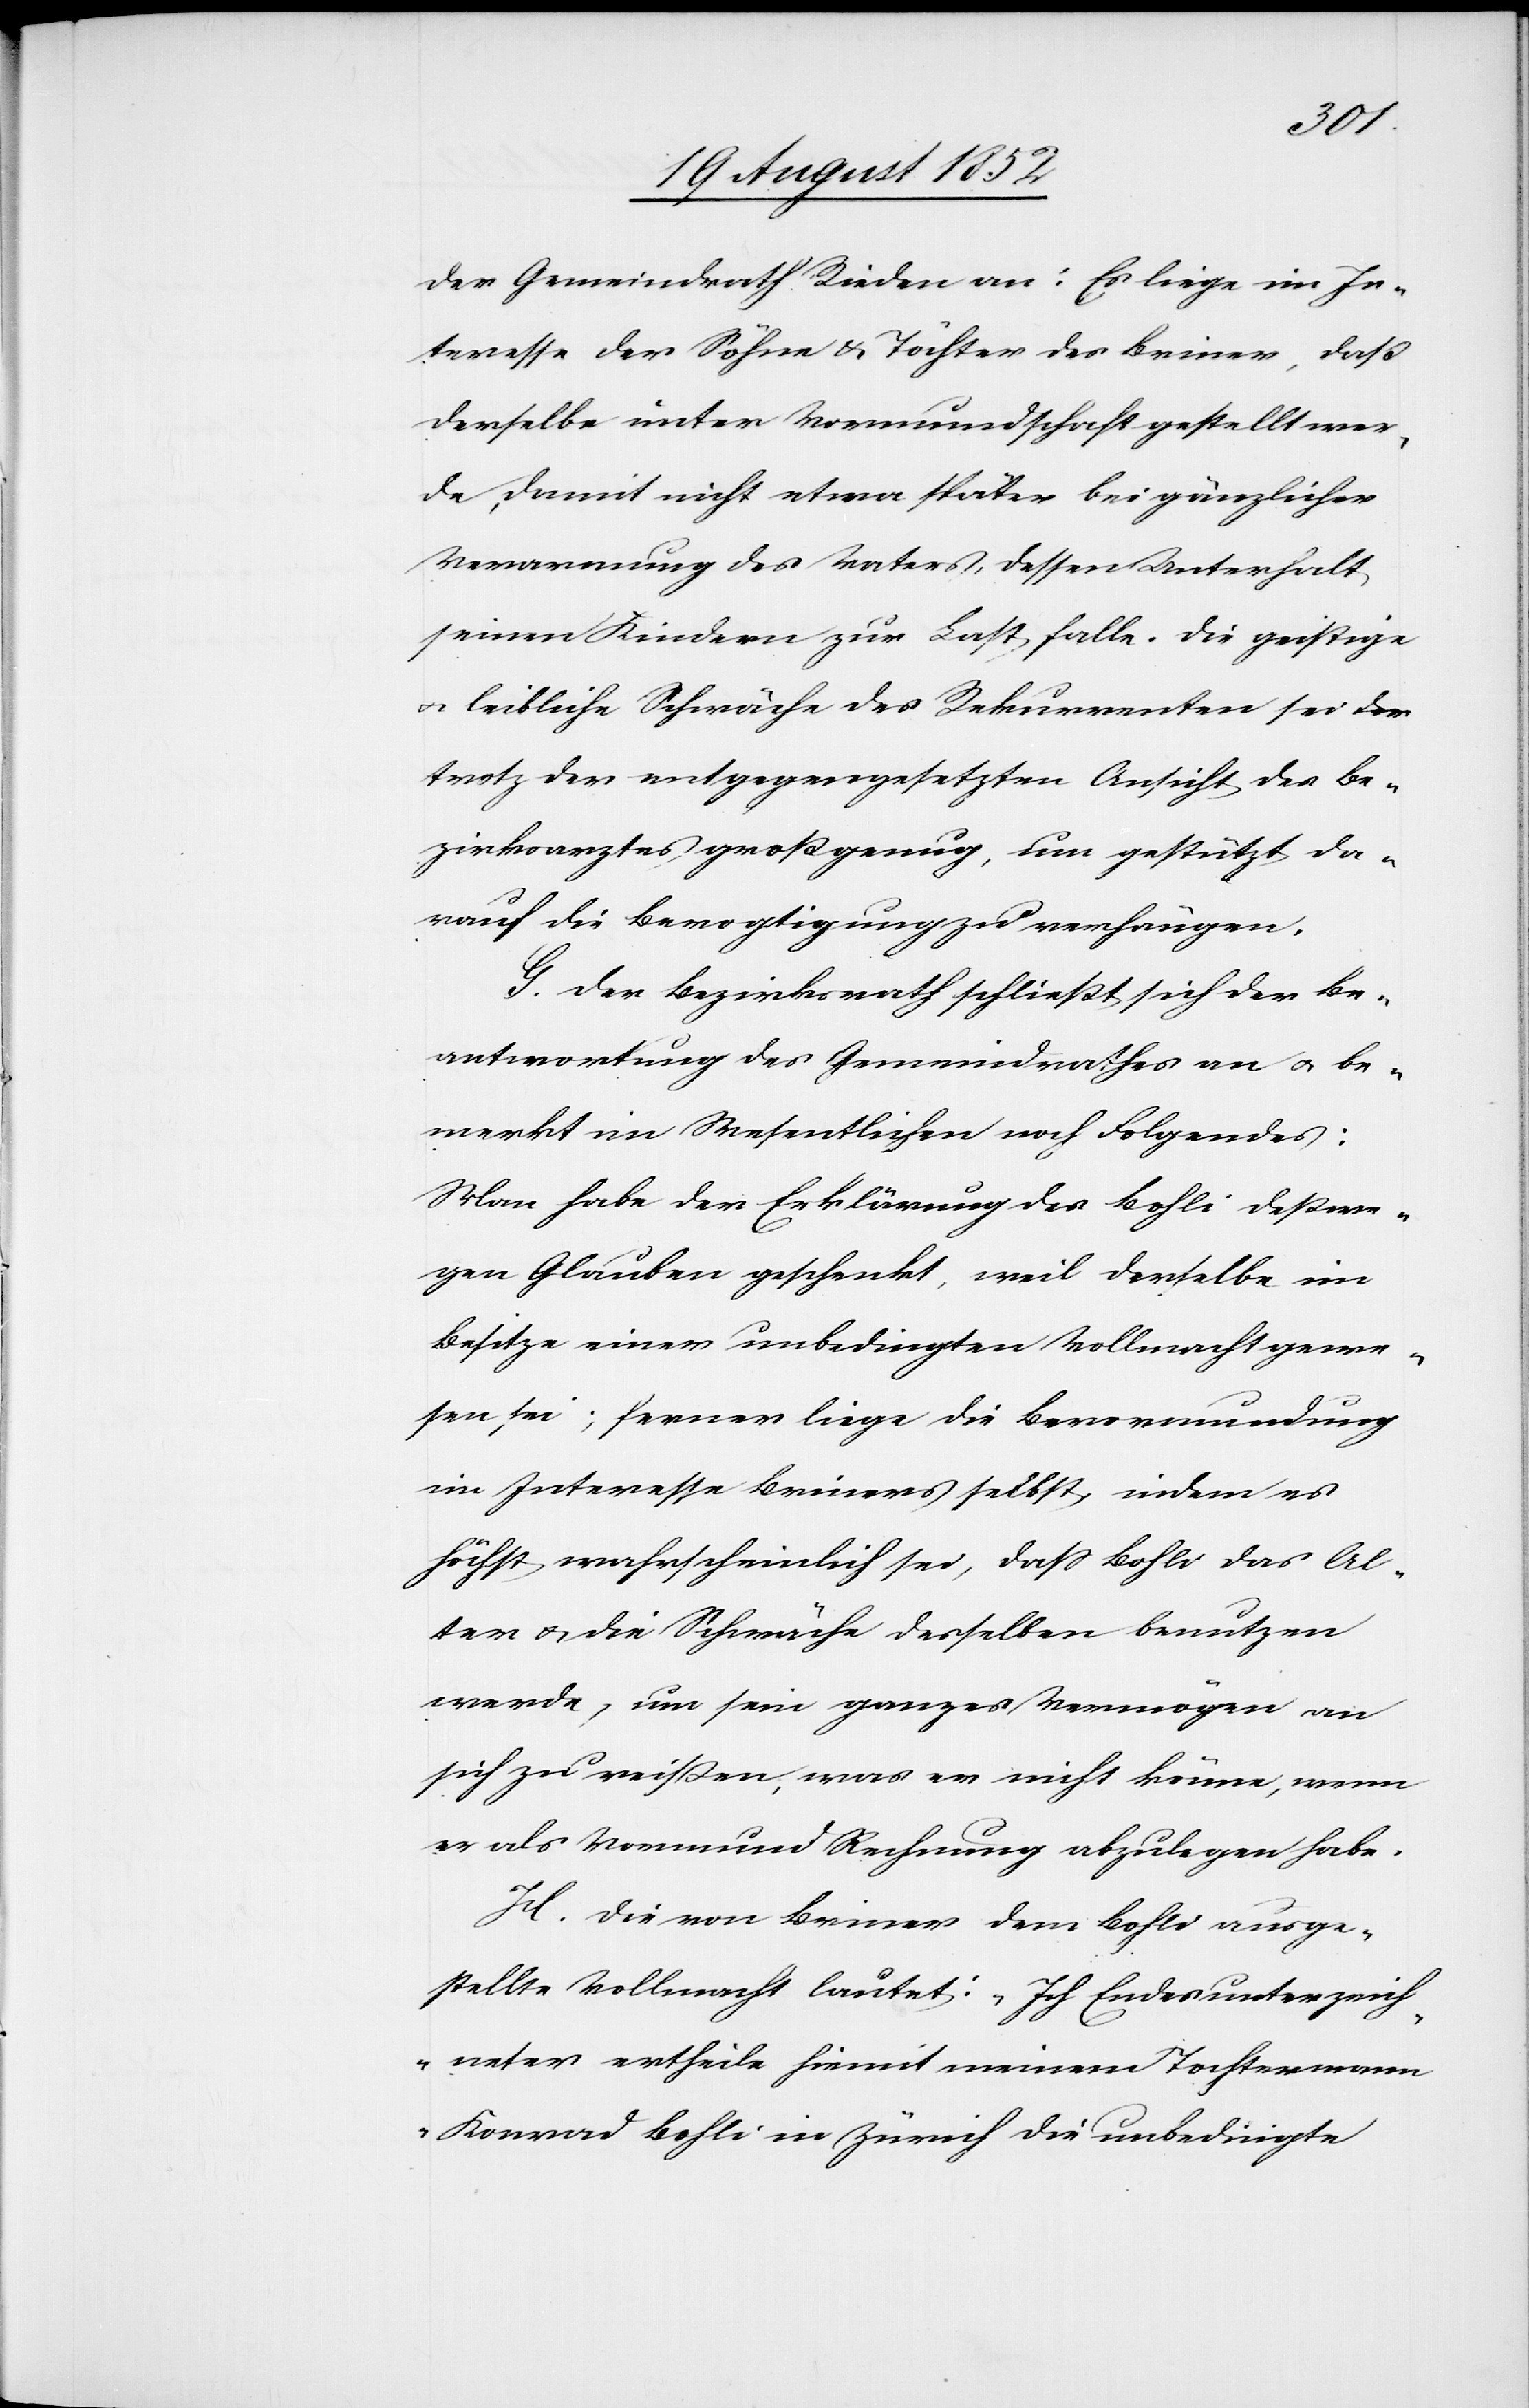
der Gemeindrath Rieden an: Es liege im In¬
teresse der Söhne & Töchter des Briner, daß
derselbe unter Vormundschaft gestellt wer¬
de, damit nicht etwa später bei gänzlicher
Verarmung des Vaters, dessen Unterhalt
seinen Kindern zur Last falle. Die geistige
& leibliche Schwäche des Rekurrenten sei
trotz der entgegengesetzten Ansicht des Be¬
zirksarztes groß genug, um gestützt da¬
rauf die Bevogtigung zu verhängen.
G. Der Bezirksrath schließt sich der Be¬
antwortung des Gemeindrathes an & be¬
merkt im Wesentlichen noch Folgendes:
Man habe der Erklärung des Bohli deßwe¬
gen Glauben geschenkt, weil derselbe im
Besitze einer unbedingten Vollmacht gewe¬
sen sei; ferner liege die Bevormundung
im Interesse Briners selbst, indem es
höchst wahrscheinlich sei, dass Bohli das Al¬
ter & die Schwäche desselben benutzen
werde, um sein ganzes Vermögen an
sich zu reißen, was er nicht könne, wenn
er als Vormund Rechnung abzulegen habe.
H. Die von Briner dem Bohli ausge¬
stellte Vollmacht lautet: „Ich Endesunterzeich¬
neter ertheile hiemit meinem Tochtermann
Konrad Bohli in Zürich die unbedingte